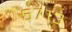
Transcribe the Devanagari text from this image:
५७१३